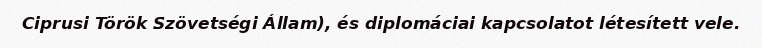
Ciprusi Török Szövetségi Állam), és diplomáciai kapcsolatot létesített vele.